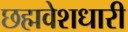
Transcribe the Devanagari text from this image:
छह्मवेशधारी